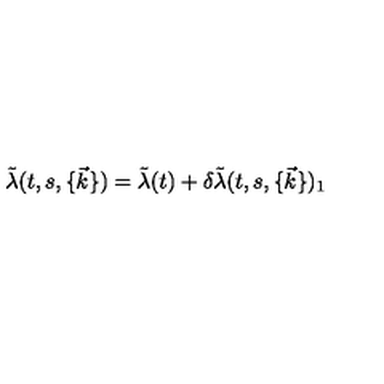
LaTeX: \tilde { \lambda } ( t , s , \{ \vec { k } \} ) = \tilde { \lambda } ( t ) + \delta \tilde { \lambda } ( t , s , \{ \vec { k } \} ) _ { 1 }